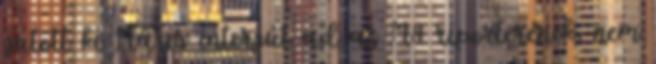
jutott ki Máris interjút ad az M4 riporterének, nem